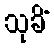
သုခိံ